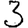
Digit: 3